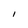
Character: l